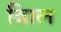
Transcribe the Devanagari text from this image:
बािल